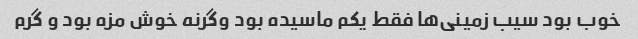
خوب بود سیب زمینی‌ها فقط یکم ماسیده بود وگرنه خوش مزه بود و گرم